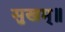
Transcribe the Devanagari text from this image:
सुखम्॥